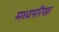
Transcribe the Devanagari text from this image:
मध्यपरिखा